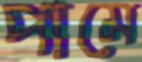
পামে